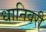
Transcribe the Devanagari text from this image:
धानिवरी